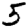
Digit: 5